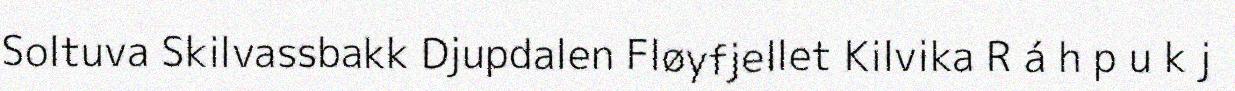
Soltuva Skilvassbakk Djupdalen Fløyfjellet Kilvika R á h p u k j